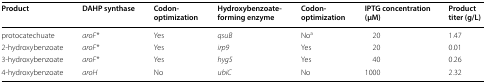
<table><thead><tr><td><b>Product</b></td><td><b>DAHP synthase</b></td><td><b>Codon-optimization</b></td><td><b>Hydroxybenzoate-forming enzyme</b></td><td><b>Codon-optimization</b></td><td><b>IPTG concentration (μM)</b></td><td><b>Product titer (g/L)</b></td></tr></thead><tbody><tr><td>protocatechuate</td><td><i>aroF*</i></td><td>Yes</td><td><i>qsuB</i></td><td>No<sup>a</sup></td><td>20</td><td>1.47</td></tr><tr><td>2-hydroxybenzoate</td><td><i>aroF*</i></td><td>Yes</td><td><i>irp9</i></td><td>Yes</td><td>20</td><td>0.01</td></tr><tr><td>3-hydroxybenzoate</td><td><i>aroF*</i></td><td>Yes</td><td><i>hyg5</i></td><td>Yes</td><td>40</td><td>0.26</td></tr><tr><td>4-hydroxybenzoate</td><td><i>aroH</i></td><td>No</td><td><i>ubiC</i></td><td>No</td><td>1000</td><td>2.32</td></tr></tbody></table>